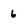
Character: 6